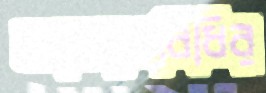
আচরণবিধির